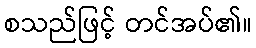
စသည်ဖြင့် တင်အပ်၏။